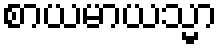
စာယမာယသ္မာ